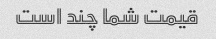
قیمت شما چند است